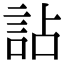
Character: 詀